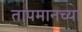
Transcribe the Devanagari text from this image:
तापमानच्या